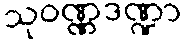
သုဝဏ္ဏဒဏ္ဍာ